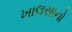
ખાલસાનો